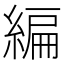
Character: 編